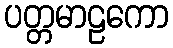
ပတ္တမာဠကော